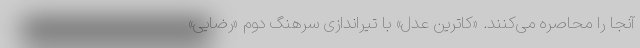
آنجا را محاصره می‌کنند. «کاترین عدل» با تیراندازی سرهنگ دوم «رضایی»